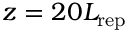
z = 2 0 L _ { \mathrm { r e p } }